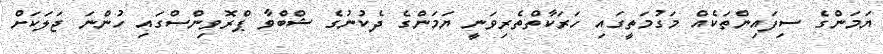
ޔަމަންގެ ސިފައިންތަކެއް މަގުމަތީގައި ހަރަކާތްތެރިވަނީ ޔަމަންގެ ދެކުނުގެ ޝްބްވާ ޕްރޮވިންސްގައި ހުންނަ ޖަލަކަށް